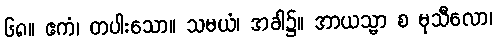
၆၈။ ဧကံ၊ တပါးသော။ သမယံ၊ အခါ၌။ အာယသ္မာ စ မုသီလော၊